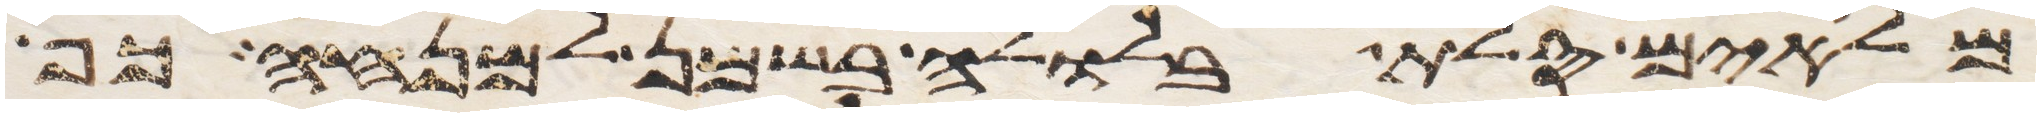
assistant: מלאים סלת בלולה בשמן למנחה כף